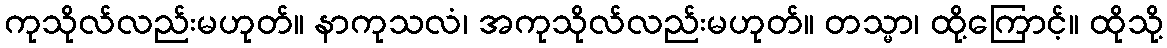
ကုသိုလ်လည်းမဟုတ်။ နာကုသလံ၊ အကုသိုလ်လည်းမဟုတ်။ တသ္မာ၊ ထို့ကြောင့်။ ထိုသို့